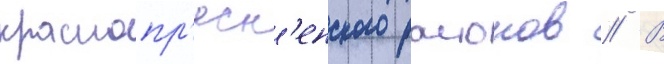
краснопр'есн'енского раионов // В